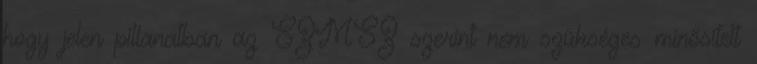
hogy jelen pillanatban az SZMSZ szerint nem szükséges minősített